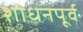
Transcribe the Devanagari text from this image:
शोधनपूर्व